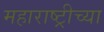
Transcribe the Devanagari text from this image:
महाराष्ट्रीच्या